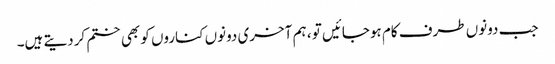
جب دونوں طرف کام ہوجائیں تو ، ہم آخری دونوں کناروں کو بھی ختم کردیتے ہیں۔